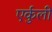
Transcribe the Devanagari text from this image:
एर्कुली